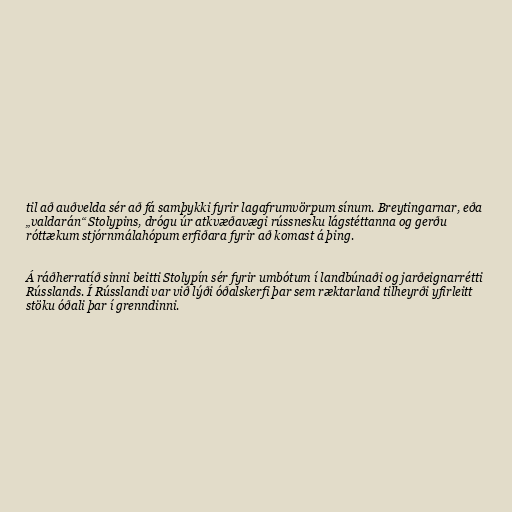
til að auðvelda sér að fá samþykki fyrir lagafrumvörpum sínum. Breytingarnar, eða
„valdarán“ Stolypins, drógu úr atkvæðavægi rússnesku lágstéttanna og gerðu
róttækum stjórnmálahópum erfiðara fyrir að komast á þing.

Á ráðherratíð sinni beitti Stolypín sér fyrir umbótum í landbúnaði og jarðeignarrétti
Rússlands. Í Rússlandi var við lýði óðalskerfi þar sem ræktarland tilheyrði yfirleitt
stöku óðali þar í grenndinni.